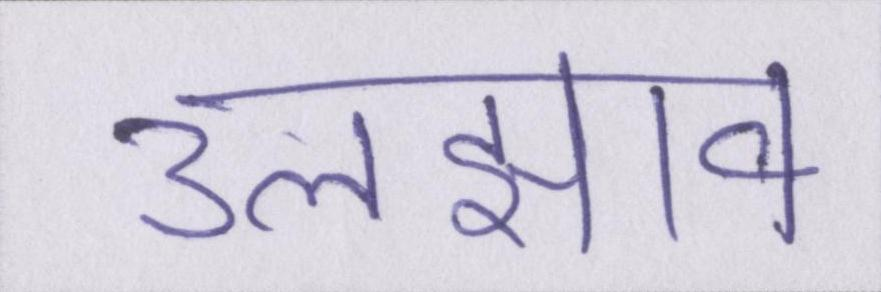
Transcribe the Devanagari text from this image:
उलझाव